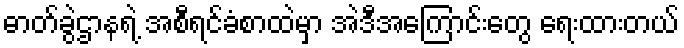
ဓာတ်ခွဲဌာနရဲ့ အစီရင်ခံစာထဲမှာ အဲဒီအကြောင်းတွေ ရေးထားတယ်